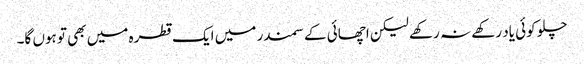
چلو کوئی یاد رکھے نہ رکھے لیکن اچھائی کے سمندر میں ایک قطرہ میں بھی تو ہوں گا۔